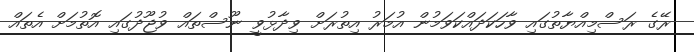
ރޭގެ ރަސްމިއްޔާތުގައި ވާހަކަދައްކަވަމުން އުމަރު އިތުރަށް ވިދާޅުވީ ނޫސްތައް ވުޖޫދުގައި އޮތުމަށް އެތައް